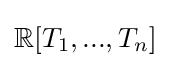
\mathbb {R} [T_{1},...,T_{n}]